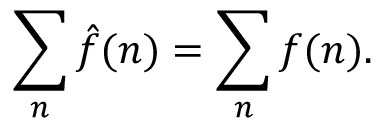
\sum _ { n } { \hat { f } } ( n ) = \sum _ { n } f ( n ) .